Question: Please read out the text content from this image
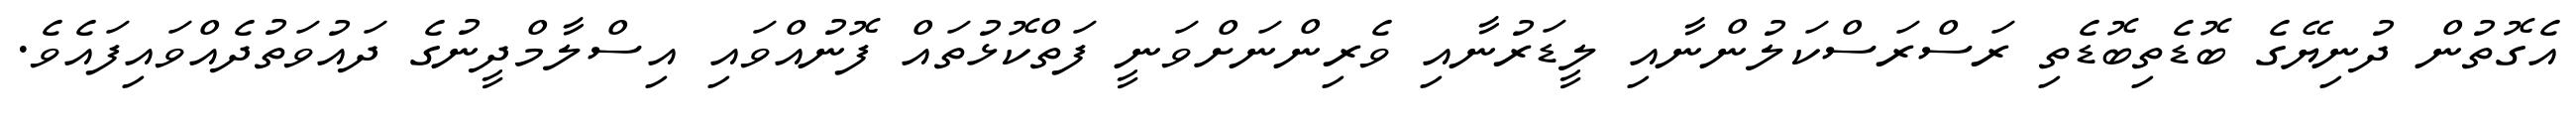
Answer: އެގޮތުން ދުނިޔޭގެ ބޮޑެތިބޮޑެތި ރަސްރަސްކަލުންނާއި ލީޑަރުނާއި ވެރިންނަށްވަނީ ފަތްކޮޅުތައް ފޮނުއްވައި އިސްލާމްދީނުގެ ދައުވަތުދެއްވައިފައެވެ.